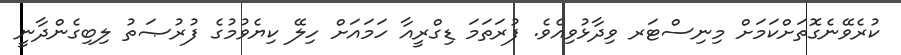
ކުރެވޭނެގޮތަށްކަމަށް މިނިސްޓަރ ވިދާޅުވިއެވެ. ފުރަތަމަ ޑިގްރީއާ ހަމައަށް ހިލޭ ކިޔެވުމުގެ ފުރުޞަތު ލިބިގެންދާނީ